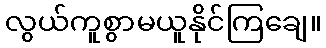
လွယ်ကူစွာမယူနိုင်ကြချေ။